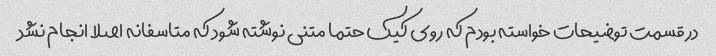
در قسمت توضیحات خواسته بودم که روی کیک حتما متنی نوشته شود که متاسفانه اصلا انجام نشد